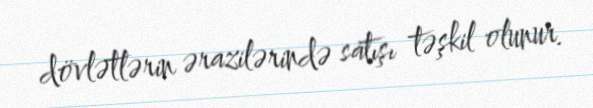
dövlətlərin ərazilərində satışı təşkil olunur.